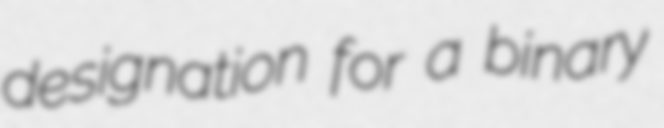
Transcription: designation for a binary